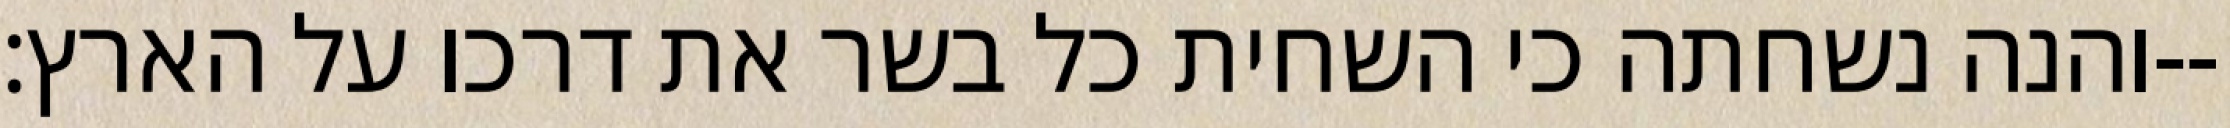
והנה נשחתה כי השחית כל בשר את דרכו על הארץ׃--